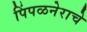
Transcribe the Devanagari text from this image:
पिंपळनेराचे